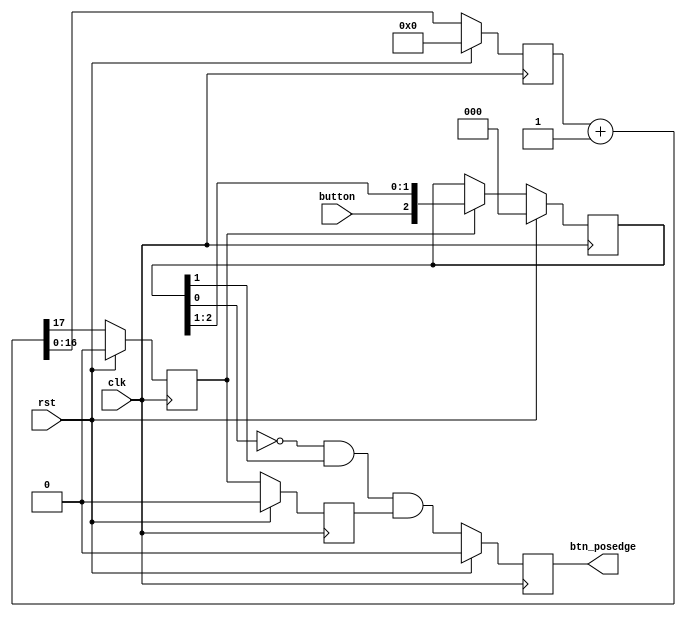
`timescale 1ns / 1ps
//////////////////////////////////////////////////////////////////////////////////
// Company: 
// Engineer: 
// 
// Design Name: 
// Module Name:    btn_debouncer 
// Project Name: 
// Target Devices: 
// Tool versions: 
// Description: 
//
// Dependencies: 
//
// Revision: 
// Revision 0.01 - File Created
// Additional Comments: 
//
//////////////////////////////////////////////////////////////////////////////////
module btn_debouncer(
	// INPUT
	clk, button, rst,
	// OUTPUT
	btn_posedge
    );
	 
	input clk;
	input button;
	input rst;
	 
	output btn_posedge;
	 
   wire [17:0] clk_dv_inc;

   reg [16:0]  clk_dv = 0;
   reg         clk_en = 0;
   reg         clk_en_d = 0;
      
   reg         inst_vld = 0;
   reg [2:0]   step_d = 0;

	assign btn_posedge = inst_vld;
	   

   // ===========================================================================
   // 763Hz timing signal for clock enable
   // ===========================================================================

   assign clk_dv_inc = clk_dv + 1;
   
   always @ (posedge clk)
     if (rst)
       begin
          clk_dv   <= 0;
          clk_en   <= 1'b0;
          clk_en_d <= 1'b0;
       end
     else
       begin
          clk_dv   <= clk_dv_inc[16:0];
          clk_en   <= clk_dv_inc[17];
          clk_en_d <= clk_en;
       end
   
   // ===========================================================================
   // Instruction Stepping Control
   // ===========================================================================

   always @ (posedge clk)
     if (rst)
       begin
          step_d[2:0]  <= 0;
       end
     else if (clk_en)
       begin
          step_d[2:0]  <= {button, step_d[2:1]};
       end

   always @ (posedge clk)
     if (rst)
       inst_vld <= 1'b0;
     else
       inst_vld <= ~step_d[0] & step_d[1] & clk_en_d;

endmodule